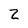
Character: Z